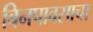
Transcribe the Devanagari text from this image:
बिनपावसाचा